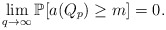
\begin{align*}\lim_{q \rightarrow \infty} \mathbb P [ a(Q_p) \geq m] =0.\end{align*}